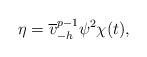
LaTeX: \begin{align*}\eta= \overline{v}_{-h}^{p-1} \psi^2 \chi(t),\end{align*}